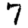
Digit: 7